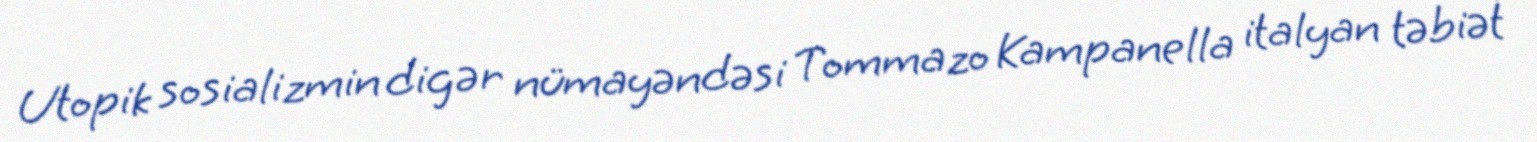
Utopik sosializmin digər nümayəndəsi Tommazo Kampanella italyan təbiət